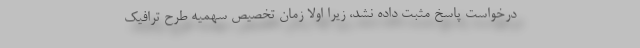
درخواست پاسخ مثبت داده نشد، زیرا اولا زمان تخصیص سهمیه طرح ترافیک